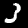
Label: 3